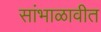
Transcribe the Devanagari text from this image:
सांभाळावीत